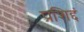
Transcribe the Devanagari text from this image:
प्रशिद्दं